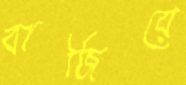
বাজিয়ে